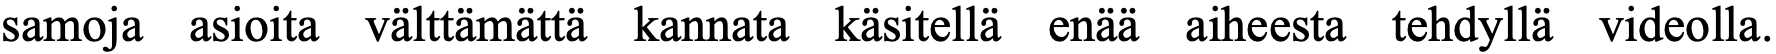
samoja asioita välttämättä kannata käsitellä enää aiheesta tehdyllä videolla.